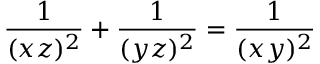
{ \frac { 1 } { ( x z ) ^ { 2 } } } + { \frac { 1 } { ( y z ) ^ { 2 } } } = { \frac { 1 } { ( x y ) ^ { 2 } } }